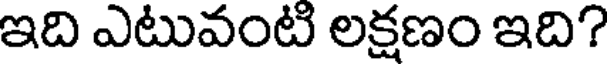
ఇది ఎటువంటి లక్షణం ఇది?